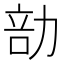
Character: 勏